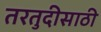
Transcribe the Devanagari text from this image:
तरतुदीसाठी